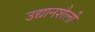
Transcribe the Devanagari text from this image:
उद्यानशैली